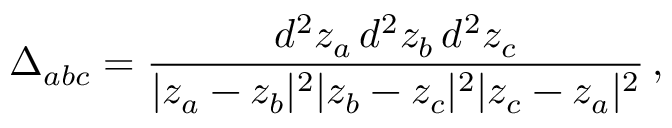
\Delta _ { a b c } = { \frac { d ^ { 2 } z _ { a } \, d ^ { 2 } z _ { b } \, d ^ { 2 } z _ { c } } { | z _ { a } - z _ { b } | ^ { 2 } | z _ { b } - z _ { c } | ^ { 2 } | z _ { c } - z _ { a } | ^ { 2 } } } \, ,